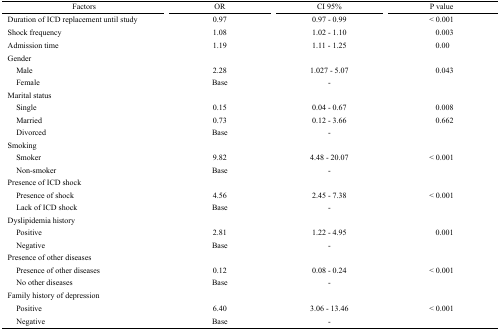
| Factors | OR | CI 95% | P value |
 | --- | --- | --- | --- |
 | Duration of ICD replacement until study | 0.97 | 0.97 - 0.99 | < 0.001 |
 | Shock frequency | 1.08 | 1.02 - 1.10 | 0.003 |
 | Admission time | 1.19 | 1.11 - 1.25 | 0.00 |
 | Gender |  |  |  |
 | Male | 2.28 | 1.027 - 5.07 | 0.043 |
 | Female | Base | - |  |
 | Marital status |  |  |  |
 | Single | 0.15 | 0.04 - 0.67 | 0.008 |
 | Married | 0.73 | 0.12 - 3.66 | 0.662 |
 | Divorced | Base | - |  |
 | Smoking |  |  |  |
 | Smoker | 9.82 | 4.48 - 20.07 | < 0.001 |
 | Non-smoker | Base | - |  |
 | Presence of ICD shock |  |  |  |
 | Presence of shock | 4.56 | 2.45 - 7.38 | < 0.001 |
 | Lack of ICD shock | Base | - |  |
 | Dyslipidemia history |  |  |  |
 | Positive | 2.81 | 1.22 - 4.95 | 0.001 |
 | Negative | Base | - |  |
 | Presence of other diseases |  |  |  |
 | Presence of other diseases | 0.12 | 0.08 - 0.24 | < 0.001 |
 | No other diseases | Base | - |  |
 | Family history of depression |  |  |  |
 | Positive | 6.40 | 3.06 - 13.46 | < 0.001 |
 | Negative | Base | - |  |